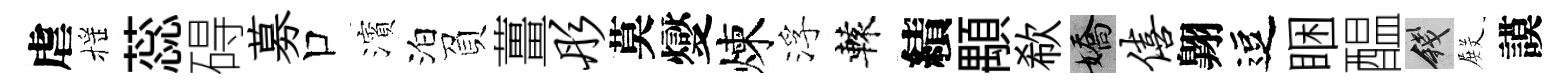
虐摇蕊碍募口濱泊負薑彤莫燮煉浮轅績顒欷嬌僖翺逗睏醖錢𭮺謨